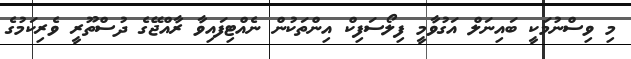
މި ވިސްނުމަކީ ބައިނަލް އަގުވާމީ ފިލޯސަފިކް އިންތަކުން ނެއްޓިފައިވާ ރާއްޖޭގެ ދުސްތޫރީ ވެރިކަމުގެ